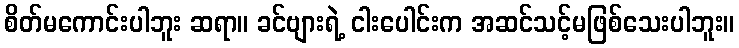
စိတ်မကောင်းပါဘူး ဆရာ။ ခင်ဗျားရဲ့ ငါးပေါင်းက အဆင်သင့်မဖြစ်သေးပါဘူး။